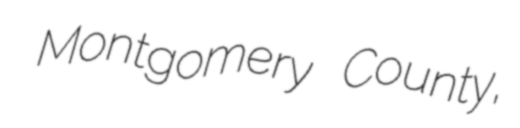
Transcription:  Montgomery County,